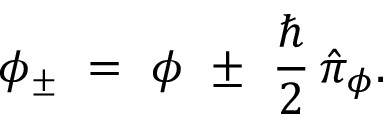
\phi _ { \pm } \ = \ \phi \ \pm \ \frac { \hbar } { 2 } \, \hat { \pi } _ { \phi } .